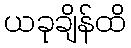
ယခုချိန်ထိ